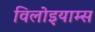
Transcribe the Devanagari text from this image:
विलोइयाम्स